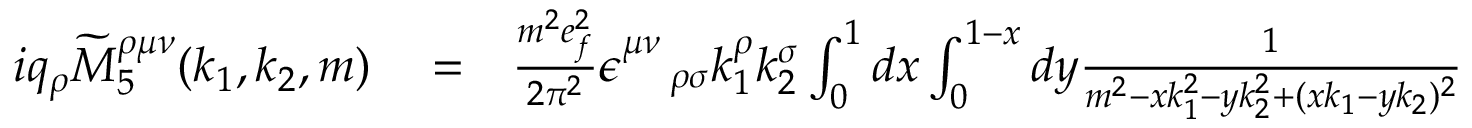
\begin{array} { r l r } { i q _ { \rho } \widetilde { M } _ { 5 } ^ { \rho \mu \nu } ( k _ { 1 } , k _ { 2 } , m ) } & { { } = } & { \frac { m ^ { 2 } e _ { f } ^ { 2 } } { 2 \pi ^ { 2 } } \epsilon _ { \quad \rho \sigma } ^ { \mu \nu } k _ { 1 } ^ { \rho } k _ { 2 } ^ { \sigma } \int _ { 0 } ^ { 1 } d x \int _ { 0 } ^ { 1 - x } d y \frac { 1 } { m ^ { 2 } - x k _ { 1 } ^ { 2 } - y k _ { 2 } ^ { 2 } + ( x k _ { 1 } - y k _ { 2 } ) ^ { 2 } } } \end{array}